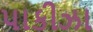
પાકીઝા